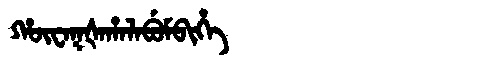
Manchu: ᡥᡡᠸᠠᡴᡧᠠᡥᠠᠯᠠᠪᡠᠮᠪᡳᡥᡝ
Romanization: HŪWAKŠAHALABUMBIHE